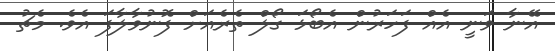
އޭނާ ވަނީ އެއް ފަހަރުން އެބޯޅަ ގޯލް ތެރެއަށް ފޮނުވާލާފަ އެވެ. މެޗު